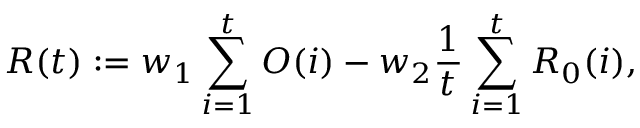
R ( t ) : = w _ { 1 } \sum _ { i = 1 } ^ { t } O ( i ) - w _ { 2 } \frac { 1 } { t } \sum _ { i = 1 } ^ { t } R _ { 0 } ( i ) ,